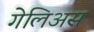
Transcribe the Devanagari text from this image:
गेलिअस